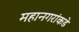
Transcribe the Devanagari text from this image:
महानगरांकडे